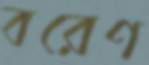
বরেণ